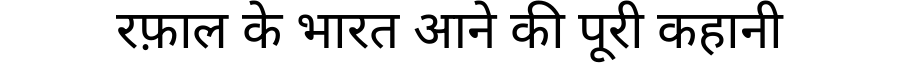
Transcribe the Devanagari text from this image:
रफ़ाल के भारत आने की पूरी कहानी